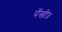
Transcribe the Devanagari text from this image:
पँखी॥